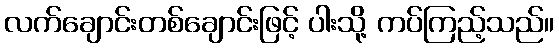
လက်ချောင်းတစ်ချောင်းဖြင့် ပါးသို့ ကပ်ကြည့်သည်။